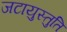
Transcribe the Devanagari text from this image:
जटायुस्तुति